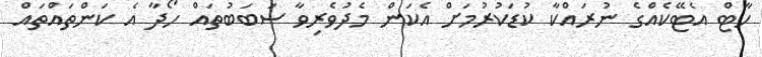
ހާޓް އެޓޭކެއްގެ ނުރައްކާ ކުޑަކުރުމަށް އެކަން މެދުވެރިވާ ސަބަބުތައް ހޯދާ އެ ކަންތައްތައް